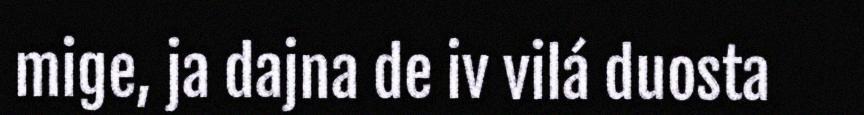
mige, ja dajna de iv vilá duosta